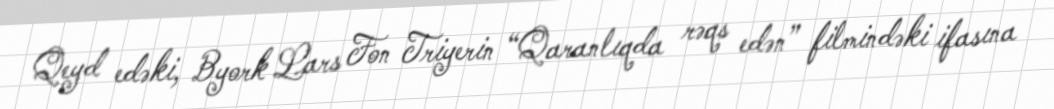
Qeyd edəki, Byork Lars Fon Triyerin “Qaranlıqda rəqs edən” filmindəki ifasına